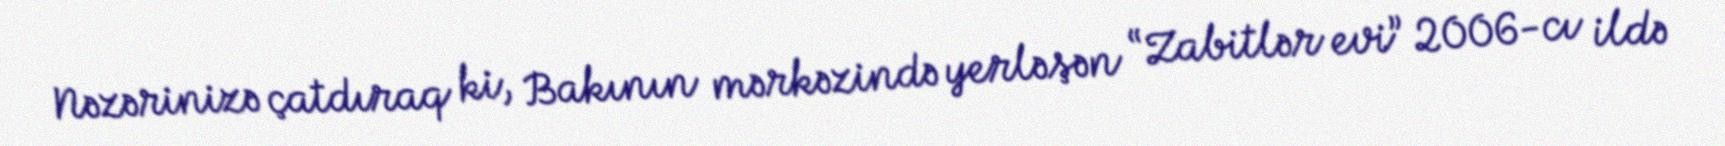
Nəzərinizə çatdıraq ki, Bakının mərkəzində yerləşən “Zabitlər evi” 2006-cı ildə